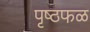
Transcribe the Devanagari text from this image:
पृष्ठफळ